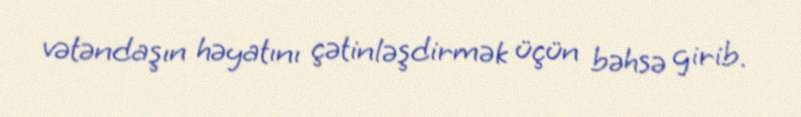
vətəndaşın həyatını çətinləşdirmək üçün bəhsə girib.